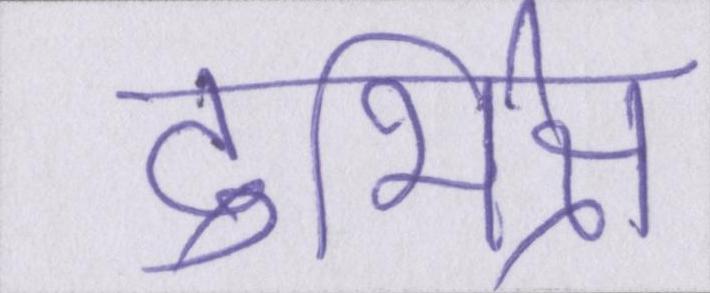
दुर्भिक्ष